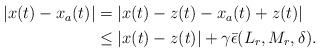
LaTeX: \begin{align*} \begin{aligned}|x(t)-x_a(t)|&=|x(t)-z(t)-x_a(t)+z(t)| \\ & \leq |x(t)-z(t)| +\gamma \bar \epsilon(L_r,M_r, \delta).\end{aligned}\end{align*}